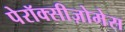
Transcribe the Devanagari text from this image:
पेरॉक्सीज़ोमेस